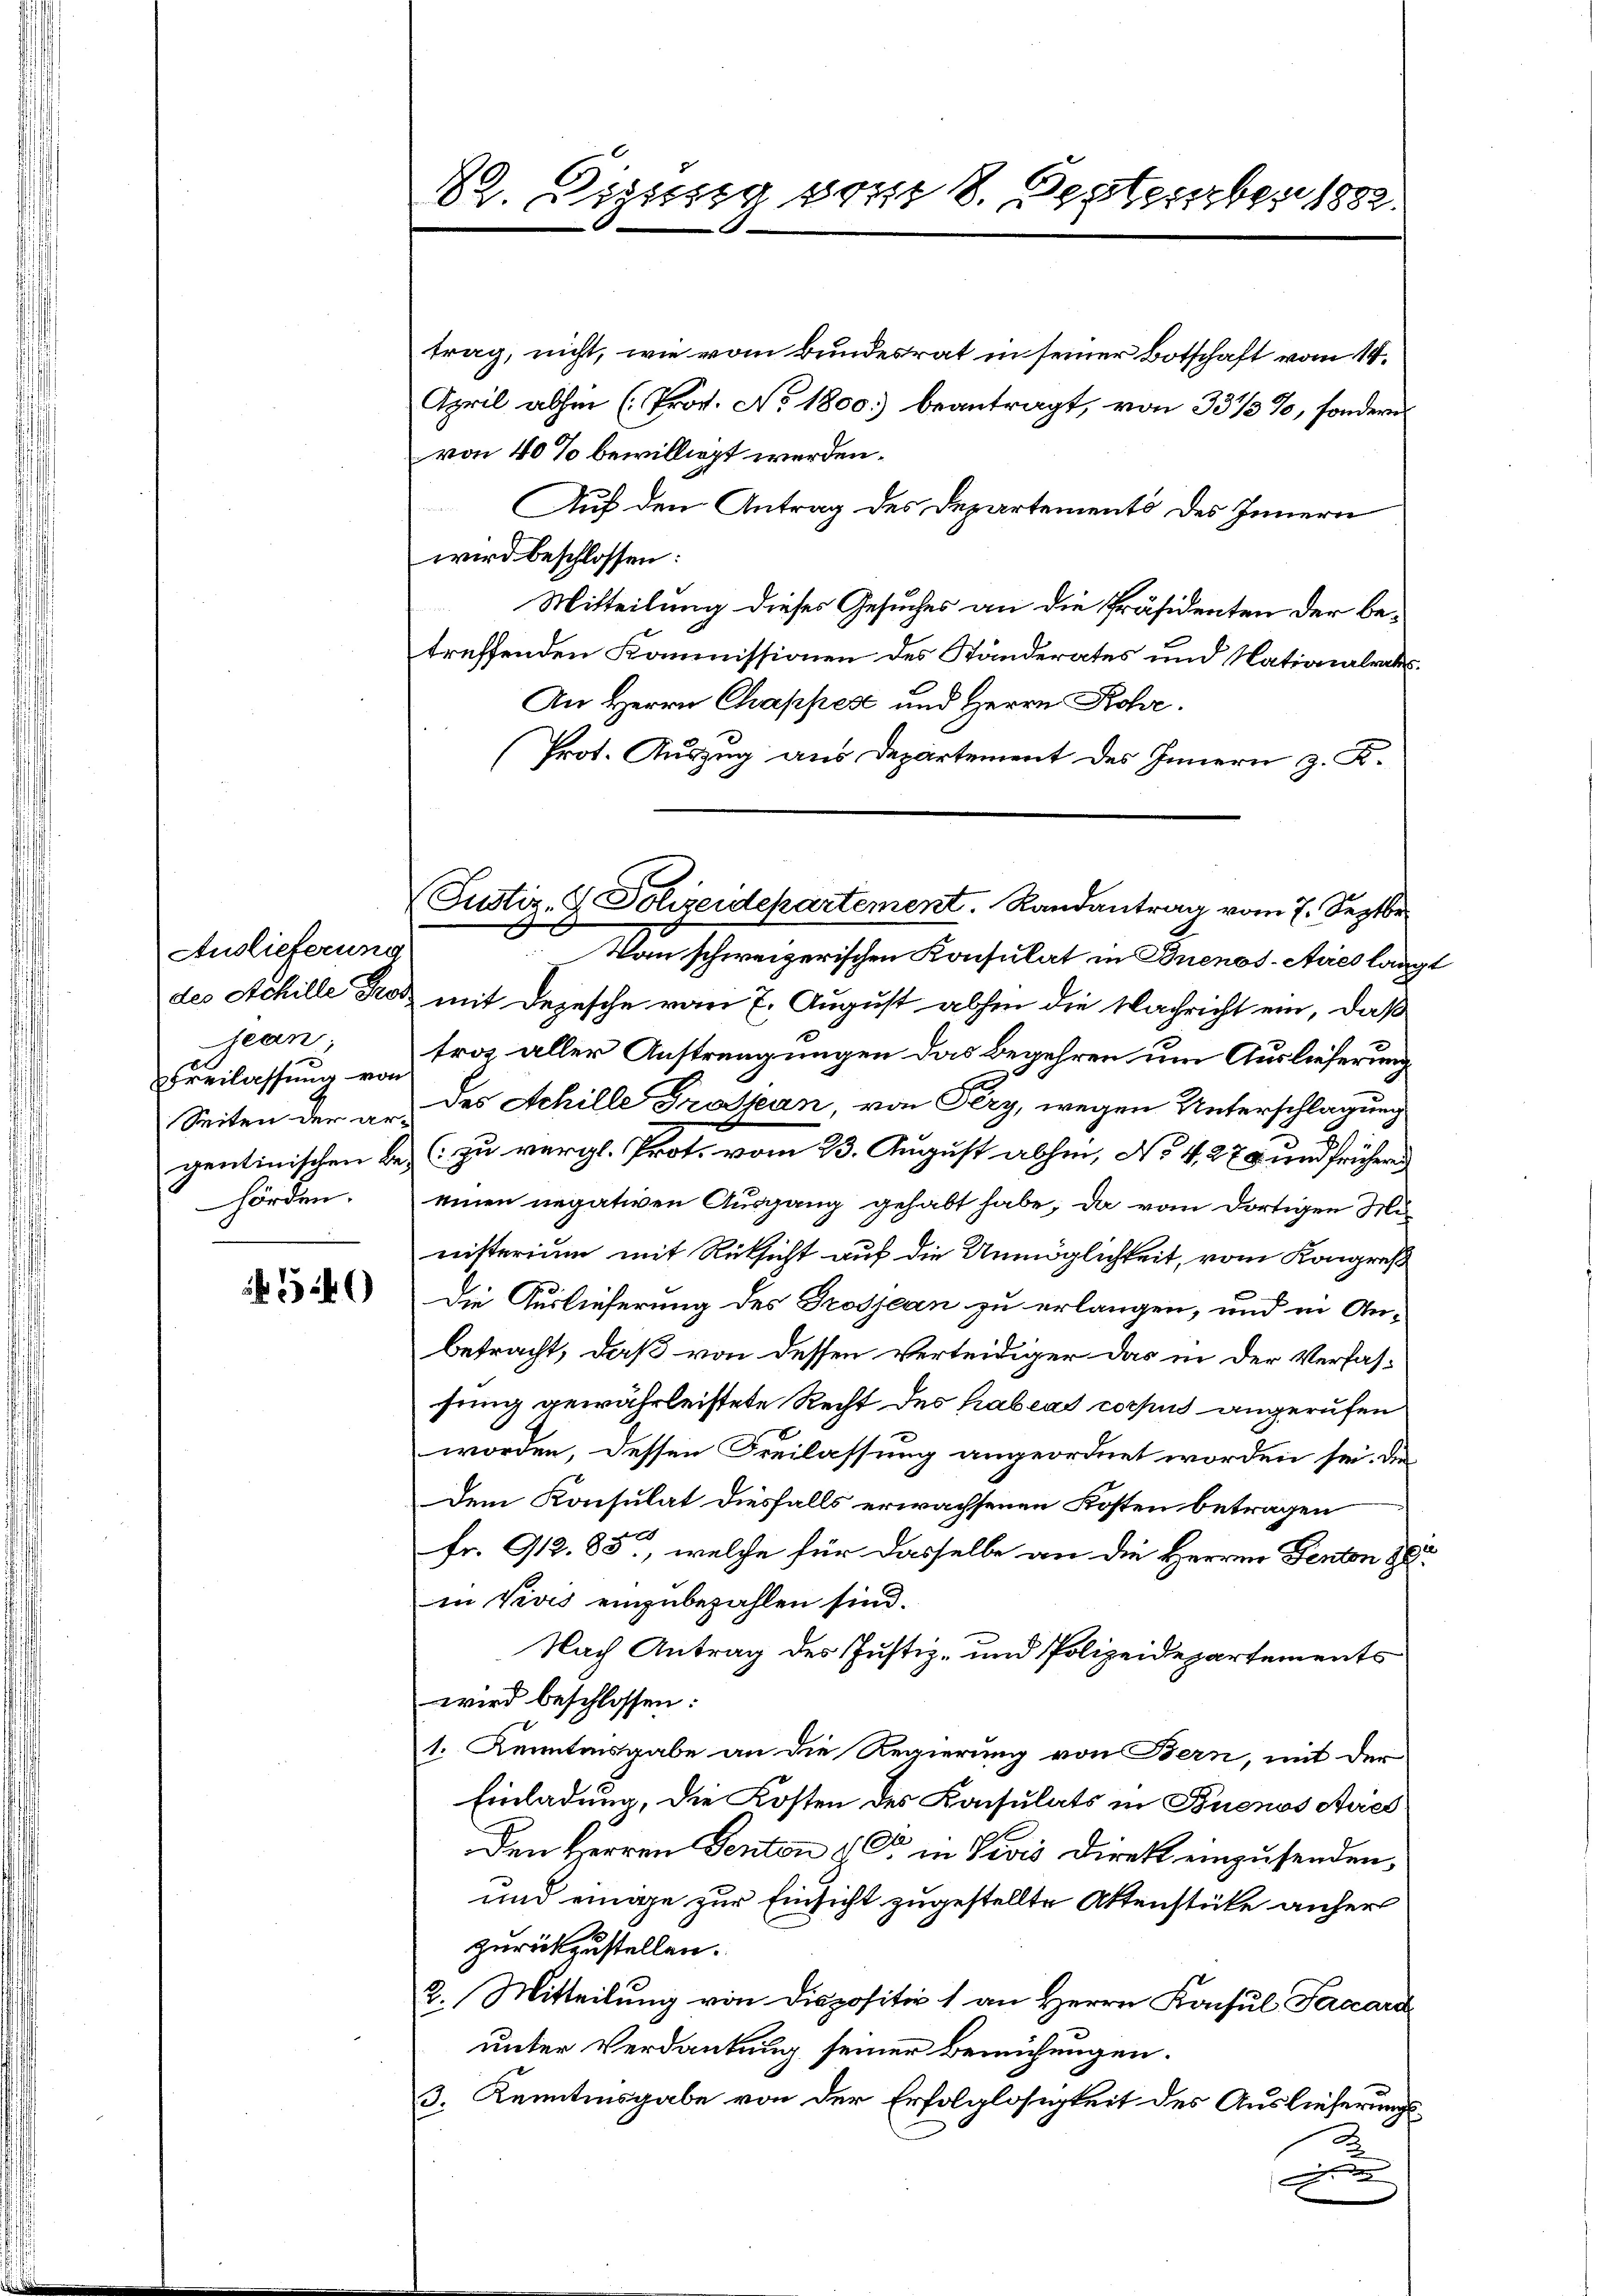
Auslieferung
des Schille Tros
jean,
Efreilassung von
Seiten der ar-
gentinischen Be-
hörden.

40

22. Sigung vom 8. September 1882.

trag, nicht, wie vom Bundesrat in seiner Botschaft vom 14.
April abhin (Prot. No 1800. beantragt, von 331/3%, sondern
von 40% bewilligt werden.
Auf den Antrag des Departements des Innern
wird beschlossen:
Mitteilung dieses Gesuches an die Präsidenten der betreffenden Kommissionen des Standerates und Nationalrats
An Herrn Chappes und Herrn Rohr.
Prot. Auszug aus Departement des Innern z. K.
Justiz- & Polizeidepartement. Randantrag vom 7. Septbr.
 Von schweizerischen Konsulat in Buenos-Ayres langt
mit Depesche vom 7. August abhin die Nachricht ein, daß
trag aller Anstrengungen das Begehren um Auslieferung
des Achille Grossan, von Fery, wegen Unterschlagung
(zu vergl. Prot. vom 23. August abhin, No 4. 279 und frühern
einen negativen Ausgang gehabt habe, da vom dortigen Mi
nisterium mit Rücksicht auf die Unmöglichkeit, vom Kongreß
Die Auslieferung des Grosjean zu erlangen, und in Anbetracht, daß von dessen verteidiger das in der Verfas-
sung gewährleistete Recht des habeat corpus angerufen
worden, dessen Freilassung angeordnet worden sei. Die
Dem Konsulat diesfalls erwachsenen Kosten betragen
fr. 912,85., welche für dasselbe an die Herren Fenton de
in Vives einzubezahlen sind.
Nach Antrag des Justiz- und Polizeidepartements
wird beschlossen:
1. Kenntensgabe an die Regierung von Bern, mit der
Einladung, die Kosten des Konsulats in Buenos Avics
Den Herren Senten & C in Livis Direkt einzusenden,
und einige zur Einsicht zugestellte Aktenstüke anher
zurückzustellen.
2. Mitteilung von Dispositiv 1 an Herrn Konsul Facara
unter Verdankung seiner Bemühungen.
3. Kenntnisgabe von der Erfolglosigkeit des Auslieferungsd
n